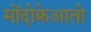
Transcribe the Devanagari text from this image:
मोंदोक्रेआतो